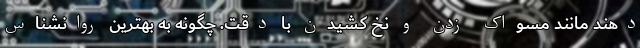
دهند مانند مسواک زدن و نخ کشیدن با دقت. چگونه به بهترین روانشناس